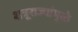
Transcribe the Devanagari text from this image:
शत्रूराज्यांमुळे